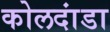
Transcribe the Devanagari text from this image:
कोलदांडा